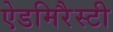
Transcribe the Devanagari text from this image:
ऐडमिरैस्टी